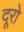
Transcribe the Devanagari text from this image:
दूरो